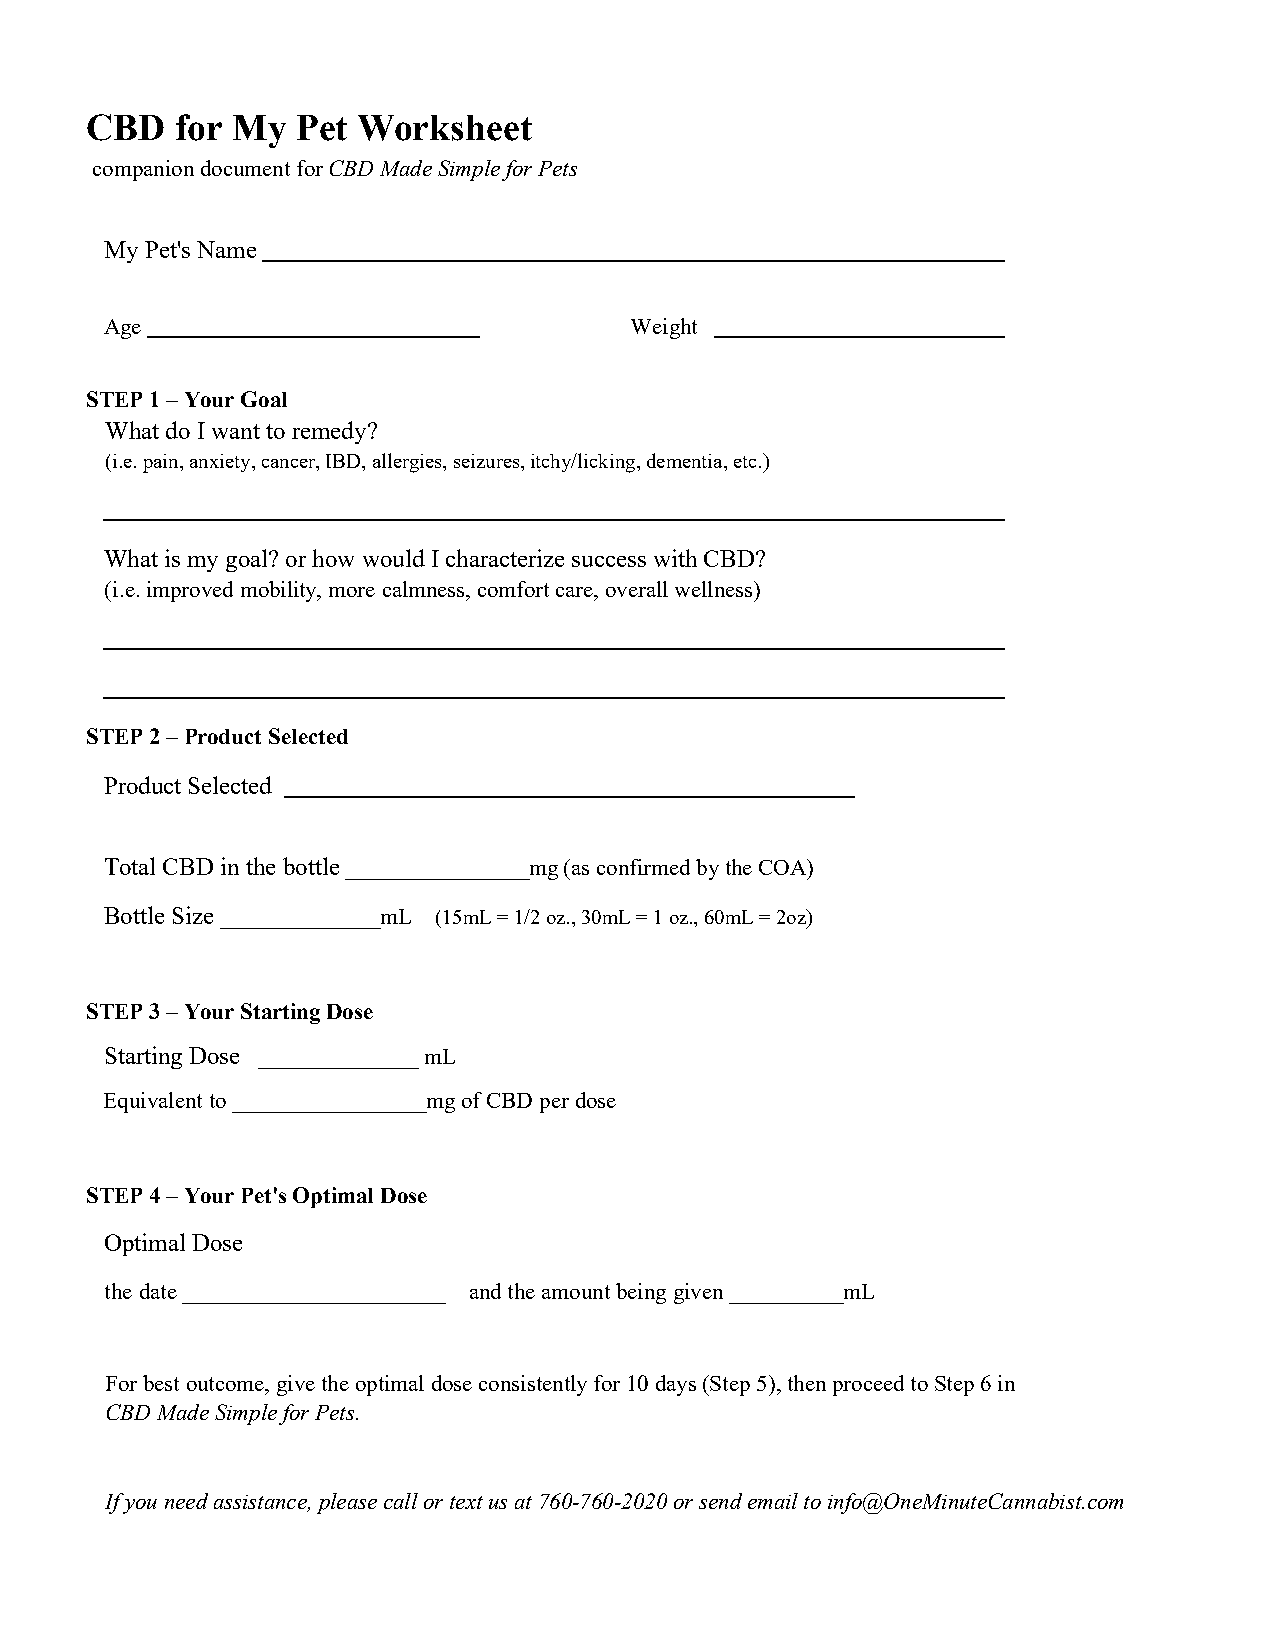
CBD   for My  Pet Worksheet
 companion document for CBD Made Simple for Pets
 My Pet's Name
 Age                                Weight
 STEP 1 – Your Goal
 What do I want to remedy?
 (i.e. pain, anxiety, cancer, IBD, allergies, seizures, itchy/licking, dementia, etc.)
 What is my goal? or how would I characterize success with CBD?
 (i.e. improved mobility, more calmness, comfort care, overall wellness)
 STEP 2 – Product Selected
 Product Selected
 Total CBD in the bottle ________________mg (as confirmed by the COA)
 Bottle Size ______________mL (15mL = 1/2 oz., 30mL = 1 oz., 60mL = 2oz)
 STEP 3 – Your Starting Dose
 Starting Dose ______________ mL
 Equivalent to _________________mg of CBD per dose
 STEP 4 – Your Pet's Optimal Dose
 Optimal Dose
 the date _______________________ and the amount being given __________mL
 For best outcome, give the optimal dose consistently for 10 days (Step 5), then proceed to Step 6 in
 CBD Made Simple for Pets.
 If you need assistance, please call or text us at 760-760-2020 or send email to info@OneMinuteCannabist.com